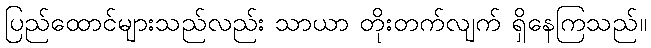
ပြည်ထောင်များသည်လည်း သာယာ တိုးတက်လျက် ရှိနေကြသည်။